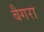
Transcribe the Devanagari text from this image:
बैगरा